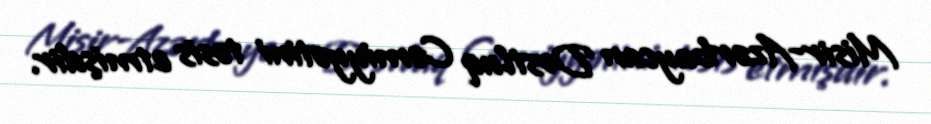
Misir-Azərbaycan Dostluq Cəmiyyətini təsis etmişdir.